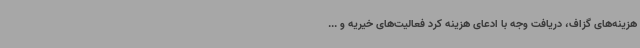
هزینه‌های گزاف، دریافت وجه با ادعای هزینه کرد فعالیت‌های خیریه و ...